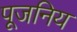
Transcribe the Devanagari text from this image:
पूजनिय